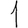
Digit: 1